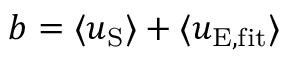
b = \langle u _ { \mathrm { S } } \rangle + \langle u _ { \mathrm { E , f i t } } \rangle